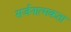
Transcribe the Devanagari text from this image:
सर्जनात्‍मकता